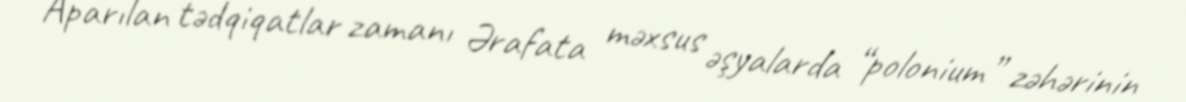
Aparılan tədqiqatlar zamanı Ərafata məxsus əşyalarda “polonium” zəhərinin